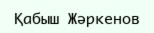
Қабыш Жәркенов